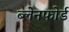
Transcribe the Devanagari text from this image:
ब्लेनफोर्ड